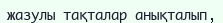
жазулы тақталар анықталып,